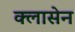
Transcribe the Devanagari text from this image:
क्लासेन